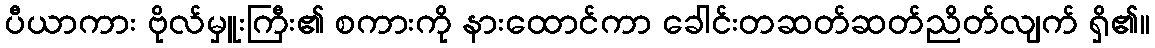
ပီယာကား ဗိုလ်မှူးကြီး၏ စကားကို နားထောင်ကာ ခေါင်းတဆတ်ဆတ်ညိတ်လျက် ရှိ၏။